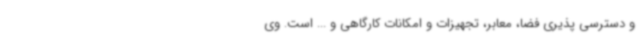
و دسترسی پذیری فضا، معابر، تجهیزات و امکانات کارگاهی و ... است. وی